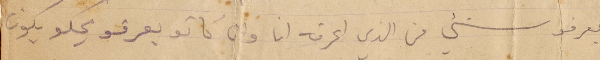
يعرفو شيء من الذي اعرفه انا وان كانو يعرفو يحكو يكون